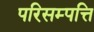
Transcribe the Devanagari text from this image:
परिसम्‍पत्ति